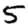
Digit: 5